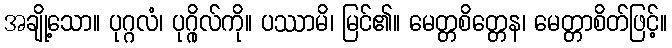
အချို့သော။ ပုဂ္ဂလံ၊ ပုဂ္ဂိုလ်ကို။ ပဿာမိ၊ မြင်၏။ မေတ္တစိတ္တေန၊ မေတ္တာစိတ်ဖြင့်။